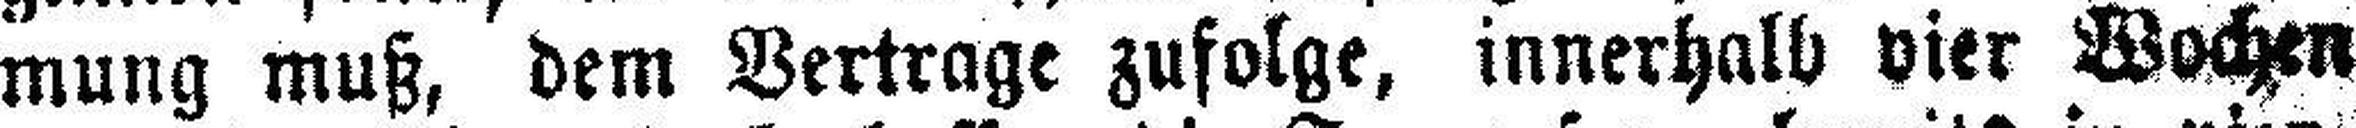
mung muß, dem Vertrage zufolge, innerhalb vier Wochen